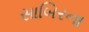
સાબિરના